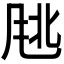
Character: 𬱹